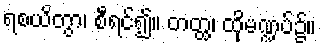
ရစယိတွာ၊ စီရင်၍။ တတ္ထ၊ ထိုမဏ္ဍပ်၌။